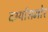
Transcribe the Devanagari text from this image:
दर्ग्यासमोर